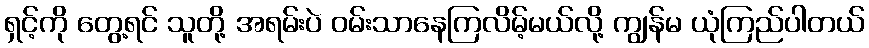
ရှင့်ကို တွေ့ရင် သူတို့ အရမ်းပဲ ဝမ်းသာနေကြလိမ့်မယ်လို့ ကျွန်မ ယုံကြည်ပါတယ်